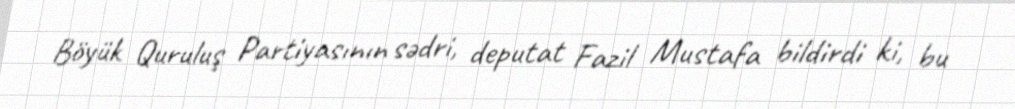
Böyük Quruluş Partiyasının sədri, deputat Fazil Mustafa bildirdi ki, bu